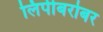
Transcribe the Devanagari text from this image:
लिपीबरोबर